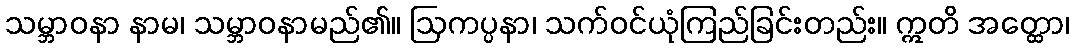
သမ္ဘာဝနာ နာမ၊ သမ္ဘာဝနာမည်၏။ ဩကပ္ပနာ၊ သက်ဝင်ယုံကြည်ခြင်းတည်း။ ဣတိ အတ္ထော၊